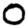
Digit: 0